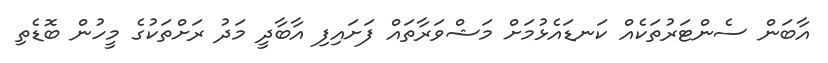
އާބަން ސެންޓަރުތަކެއް ކަނޑައެޅުމަށް މަޝްވަރާތައް ފަށައިފި އާބާދީ މަދު ރަށްތަކުގެ މީހުން ބޮޑެތި